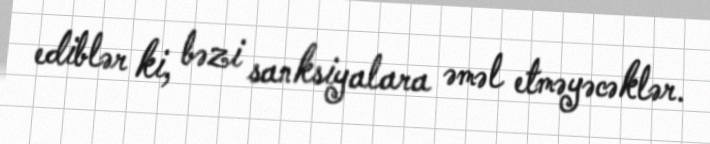
ediblər ki, bəzi sanksiyalara əməl etməyəcəklər.